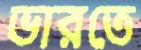
ভারতে